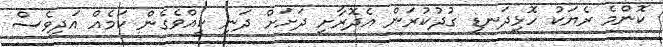
ކޮންމެ ރެޔަކު ހޮޅިދަނޑި ގުދުކުރަން އެދޮރާށި ދަށަށް ދަނީ ކީއްވެގެން ކަމެއް އަދިވެސް